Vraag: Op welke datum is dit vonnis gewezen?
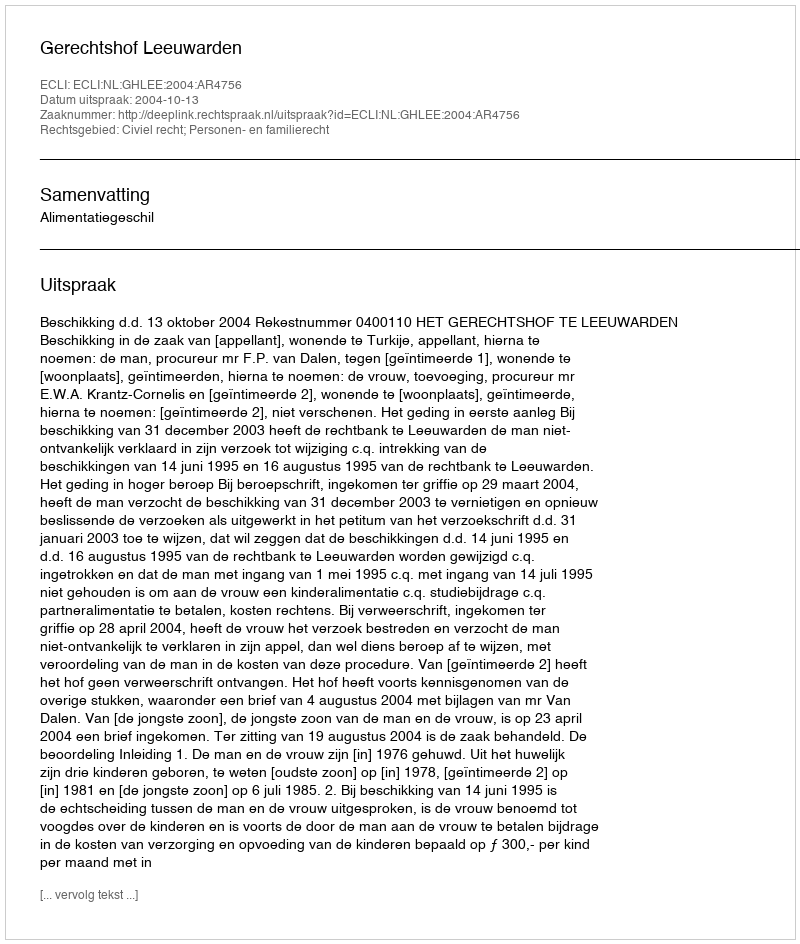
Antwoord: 2004-10-13